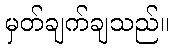
မှတ်ချက်ချသည်။